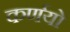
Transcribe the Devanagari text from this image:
कर्णयो